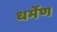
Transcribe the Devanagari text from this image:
धर्मेण